Calcutta medical institutions reports 1871-78
Year: 1871
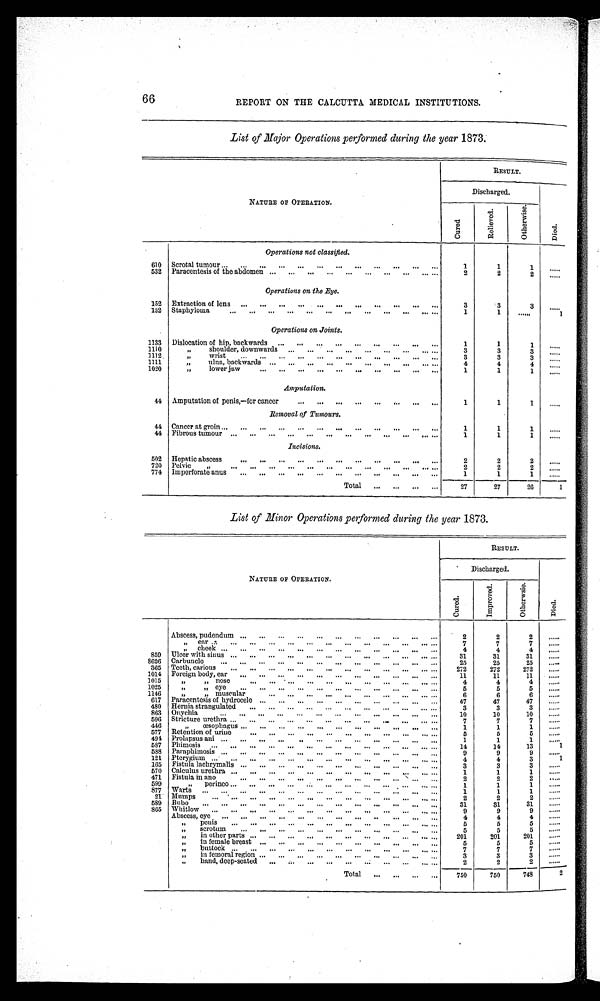
66
REPORT ON THE CALCUTTA MEDICAL INSTITUTIONS.
List of Major Operations performed during the year 1873.
NATURE OF OPERATION.
RESULT.
Discharged.
Died.
Cur ed.
Re l i e v e d .
Ot h e r wi s e .
Operations not classified.
610 Scrotal tumour
1
1
1
. . .
532 Paracentesis of the abdomen
2
2
2
. . .
Operations on the Eye.
1 5 2
Extraction of lens
3
3
3
. . .
132 Staphyloma
1
1
. . .
1
Operations on Joints.
1133 Dislocation of hip, backwards
1
1
1
. . .
1110
,, shoulder,downwards
3
3
3
. . .
1112 ,,
Wrist
3
3
3
. . .
1111
,,
ulna, backwards
4
4
4
. . .
1020
,, lower jaw
Amputation.
1
1
1
. . . .
44 Amputation of penis,—for cancer
1
1
1
. . . . .
Removal of Tumours.
44 Cancer at groin
1
1
1
. . .
44 Fibrous tumour
1
1
1
. . .
Incisions.
502 Hepatic abscess
2
2
2
. . .
720 Pelvic
2
2
2
. . .
774 Imperforate anus
1
_
1
_
1
. . .
_____
Total
27
27
2 6
1
List of Minor Operations performed during the year 1873.
NATURE OF OPERATION.
RESULT.
Discharged.
Di ed.
Cur e d.
I m p r o v e d .
Ot h e r wi s e .
Abscess, pudendum
2
2
2
. . .
,, ear
7
7
7
. . .
,, cheek
4
4
4
. . .
859 Ulcer with sinus
31
31
31
. . .
8626 Carbuncle
25
25
25
. . .
365 Teeth, carious
272
272
272
. . .
1014 Foreign body, ear
11
11
11
. . .
1015
,, ,, nose
4
4
4
. . .
1025 ,, ,, eye
5
5
5
. . .
1146
,, ,, muscular
6
6
6
. . .
617 Paracentesis of hydrocele
47
47
47
. . .
480 Hernia strangulated
3
3
3
. . .
863 Onychia
10
10
10
. . .
596 Stricture urethra
7
7
7
. . .
446
,, ,, œsophagus
1
1
1
. . .
577 Retention of urine
5
5
5
. . .
494 Prolapsus ani
1
1
1
. . .
587 Phimosis
14
14
13
1
588 Paraphimosis
9
9
9
. . .
1 2 1
Pterygium
4
4
3
1
165 Fistula lachrymalis
3
3
3
. . .
570 Calculus urethra
1
1
1
. . .
471 Fistula in ano
2
2
2
. . .
599 ,, perinco
1
1
1
. . .
8 7 7
Warts
1
1
1
. . .
21 Mumps
2
2
2
. . .
5 8 9 Bubo
31
31
31
. . .
865 Whitlow
9
9
9
. . .
Abscess, eye
4
4
4
. . .
,, penis
5
5
5
5
. . .
Scr ot um
5
5
5
. . .
in other parts
2 0 1
2 0 1
2 0 1
. . .
in female breast
5
5
5
. . .
, , b u t t o c k
7
7
7
. . .
i n f e m o r a l r e g i o n
lt in femorai region ... ••• ..
... ... ... ... ... ... ...
3
3
3
. . .
,, hand, deep-seated
2
2
2
. . .
Total
750
750
748
2